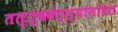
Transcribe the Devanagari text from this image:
तत्त्ववेत्त्यांसोबत